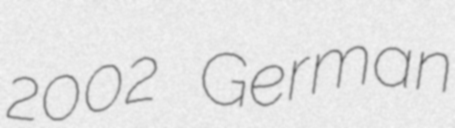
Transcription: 2002 German